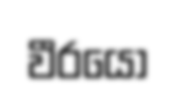
වීරයො